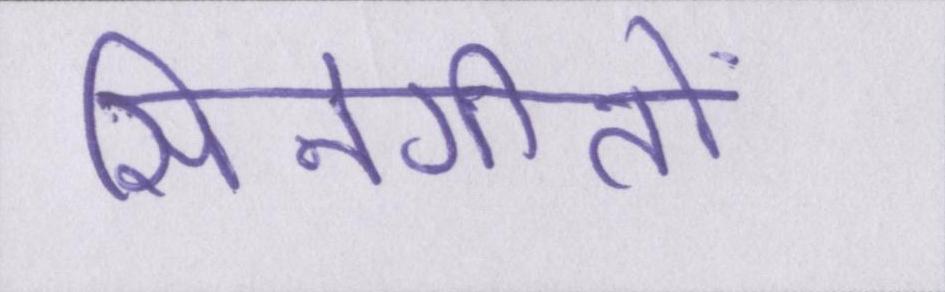
सिनेगीतों